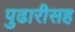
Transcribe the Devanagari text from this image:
पुढारीसह